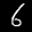
Label: 6